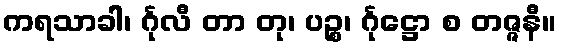
ကရသာခါ၊ င်္ဂုလီ တာ တု၊ ပဉ္စ၊ င်္ဂုဋ္ဌော စ တဇ္ဇနီ။